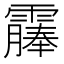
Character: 𫕰